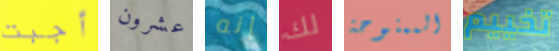
أجبت عشرون إنه لك الممنوحة تخييم